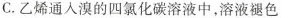
C.乙烯通人溴的四氯化碳溶液中，溶液褪色